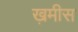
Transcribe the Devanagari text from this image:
ख़मीस